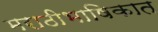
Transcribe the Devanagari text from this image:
मराठीभाषिकात